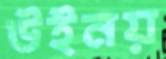
উইনয়